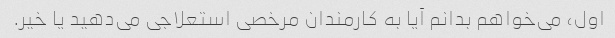
اول، می‌خواهم بدانم آیا به کارمندان مرخصی استعلاجی می‌دهید یا خیر.